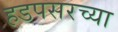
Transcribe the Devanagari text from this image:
हडपसरच्या